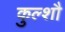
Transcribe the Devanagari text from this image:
कुल्शौ